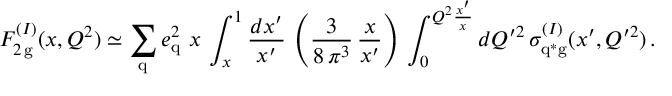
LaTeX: { \cal F } _ { 2 \, \mathrm { g } } ^ { ( I ) } ( x , Q ^ { 2 } ) \simeq \sum _ { \mathrm { q } } e _ { \mathrm { q } } ^ { 2 } \ x \, \int _ { x } ^ { 1 } \frac { d x ^ { \prime } } { x ^ { \prime } } \, \left( \frac { 3 } { 8 \, \pi ^ { 3 } } \, \frac { x } { x ^ { \prime } } \right) \, \int _ { 0 } ^ { Q ^ { 2 } \frac { x ^ { \prime } } { x } } d Q ^ { \prime 2 } \, \sigma _ { \mathrm { q } ^ { \ast } \mathrm { g } } ^ { ( I ) } ( x ^ { \prime } , Q ^ { \prime 2 } ) \, .